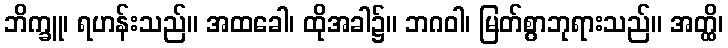
ဘိက္ခူ၊ ရဟန်းသည်။ အထခေါ၊ ထိုအခါ၌။ ဘဂဝါ၊ မြတ်စွာဘုရားသည်။ အတ္ထိ၊